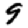
Digit: 9